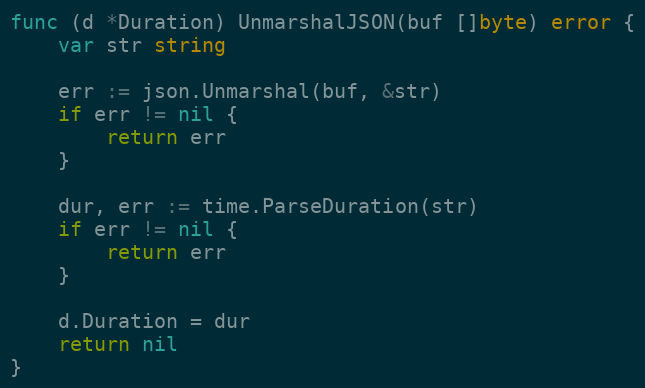
Language: Go
func (d *Duration) UnmarshalJSON(buf []byte) error {
	var str string

	err := json.Unmarshal(buf, &str)
	if err != nil {
		return err
	}

	dur, err := time.ParseDuration(str)
	if err != nil {
		return err
	}

	d.Duration = dur
	return nil
}